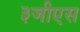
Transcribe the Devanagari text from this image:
३जीएस